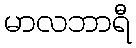
မာလဘာရီ